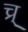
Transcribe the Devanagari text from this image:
च्र्